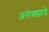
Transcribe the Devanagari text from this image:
अलेक्झांद्रे